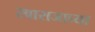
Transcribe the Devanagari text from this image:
स्वाराजाच्या